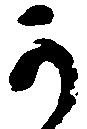
可